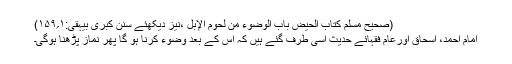
(صحیح مسلم کتاب الحیض باب الوضوء من لحوم الإبل ،نیز دیکھئے سنن کبریٰ بیہقی:۱؍۱۵۹)
امام احمد، اسحاق اورعام فقہائے حدیث اسی طرف گئے ہیں کہ اس کے بعد وضوء کرنا ہو گا پھر نماز پڑھنا ہوگی۔